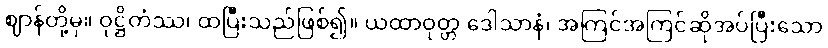
ဈာန်တို့မှ။ ဝုဋ္ဌိတံဿ၊ ထပြီးသည်ဖြစ်၍။ ယထာဝုတ္တ ဒေါသာနံ၊ အကြင်အကြင်ဆိုအပ်ပြီးသော